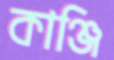
কাঞ্জি